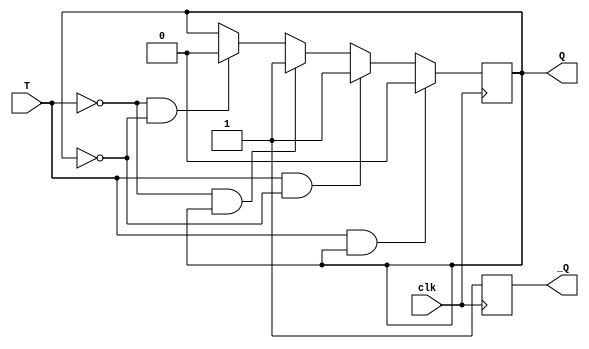
module tff (
  output Q, _Q,
  input T, clk
);
reg Q, _Q;
always @ (posedge clk)
begin
  if (!T & !Q)
    Q <= 0;
    _Q <= 1;

  if (!T & Q)
    Q <= 1;
    _Q <= 0;

  if (T & !Q)
    Q <= 1;
    _Q <= 0;

  if (T & Q)
    Q <= 0;
    _Q <= 1;
end
  
endmodule